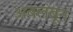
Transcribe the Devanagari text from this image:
अबलंबून